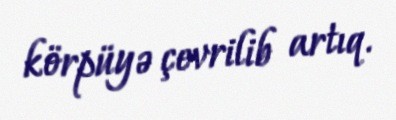
körpüyə çevrilib artıq.